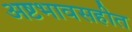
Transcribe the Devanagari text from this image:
अष्टभावसहीत